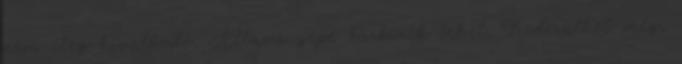
nem elég hivalkodó. Állami gépe bárkinek lehet. Kiderülhet még,